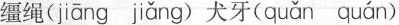
缰绳( jiāng jiǎng ) 犬牙( quǎn quán )